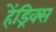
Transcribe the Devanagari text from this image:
हेंड्रिक्‍स